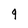
Character: g